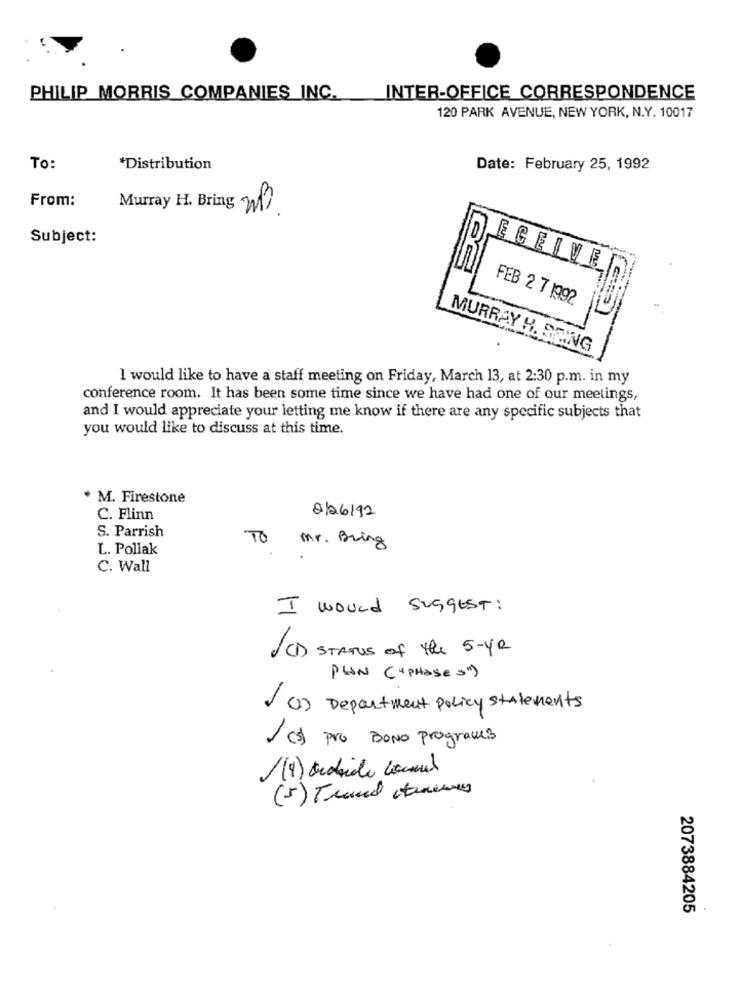
PHILIP MORRIS COMPANIES INC.
INTER-OFFICE CORRESPONDENCE
120 PARK AVENUE, NEW YORK, N.Y. 10017
To:
*Distribution
Date: February 25, 1992
From:
Murray H. Bring Mi
Subject:
ECEIVE
FEB 2 7 1992.
MURRAY H. STING
I would like to have a staff meeting on Friday, March 13, at 2:30 p.m. in my
conference room. It has been some time since we have had one of our meetings,
and I would appreciate your letting me know if there are any specific subjects that
you would like to discuss at this time.
* M. Firestone
2/06/92
C. Flinn
S. Parrish
TO
Mr. Bring
L. Pollak
C. Wall
I would suggest :
CD STATUS of the 5-YR
PLAN ( 4phases")
JO) Department policy statements
1 cs) pro BONO programs
(5) Traced training
2073884205